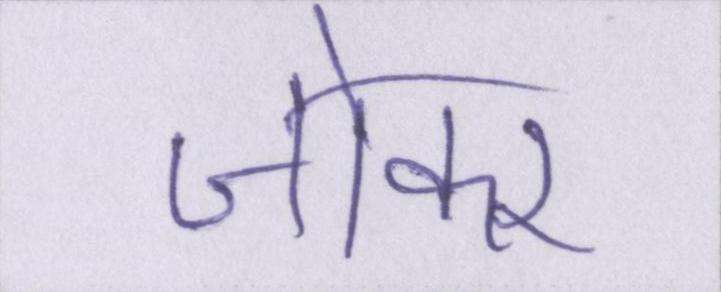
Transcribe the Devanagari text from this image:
जोकर